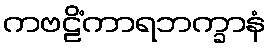
ကဗဠိံကာရဘက္ခာနံ